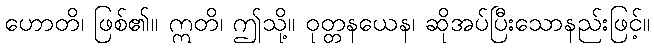
ဟောတိ၊ ဖြစ်၏။ ဣတိ၊ ဤသို့။ ဝုတ္တနယေန၊ ဆိုအပ်ပြီးသောနည်းဖြင့်။